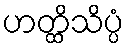
ဟတ္ထိသိပ္ပံ